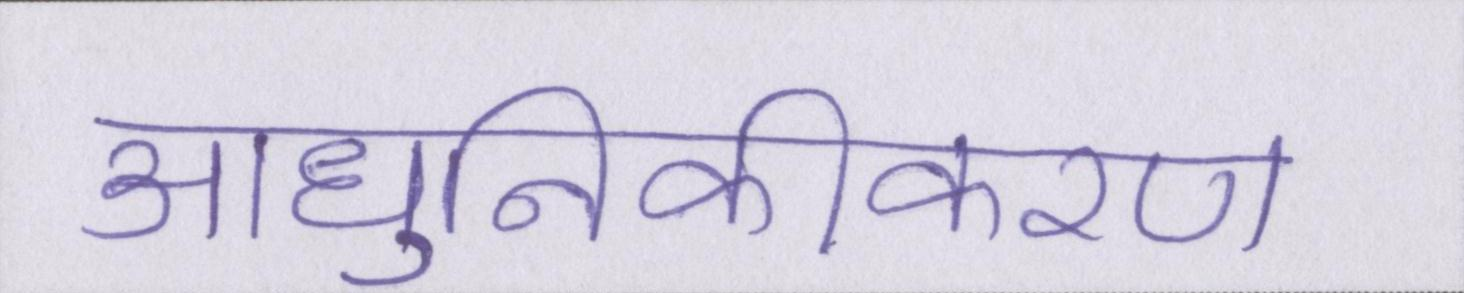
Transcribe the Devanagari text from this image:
आधुनिकीकरण